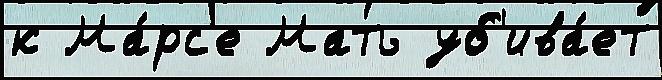
к Ма́рс'е Мать уб'ива́ет